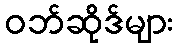
ဝဘ်ဆိုဒ်များ